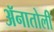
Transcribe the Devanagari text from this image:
ॲनातोली